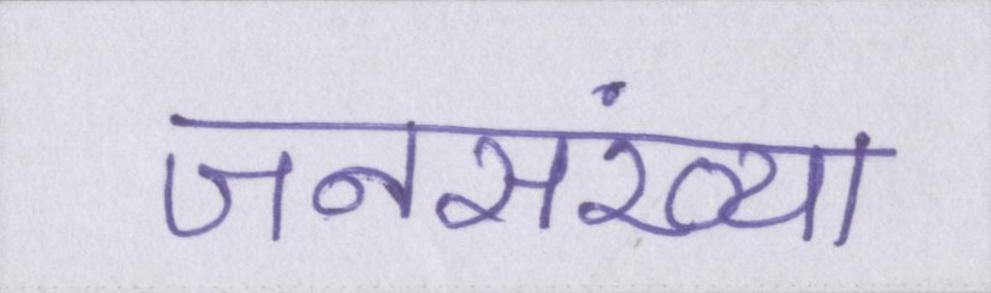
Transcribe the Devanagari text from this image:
जनसंख्या